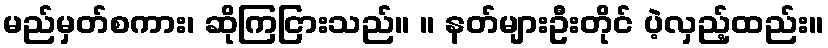
မည်မှတ်စကား၊ ဆိုကြငြားသည်။ ။ နတ်များဦးတိုင် ပဲ့လှည့်ထည်း။